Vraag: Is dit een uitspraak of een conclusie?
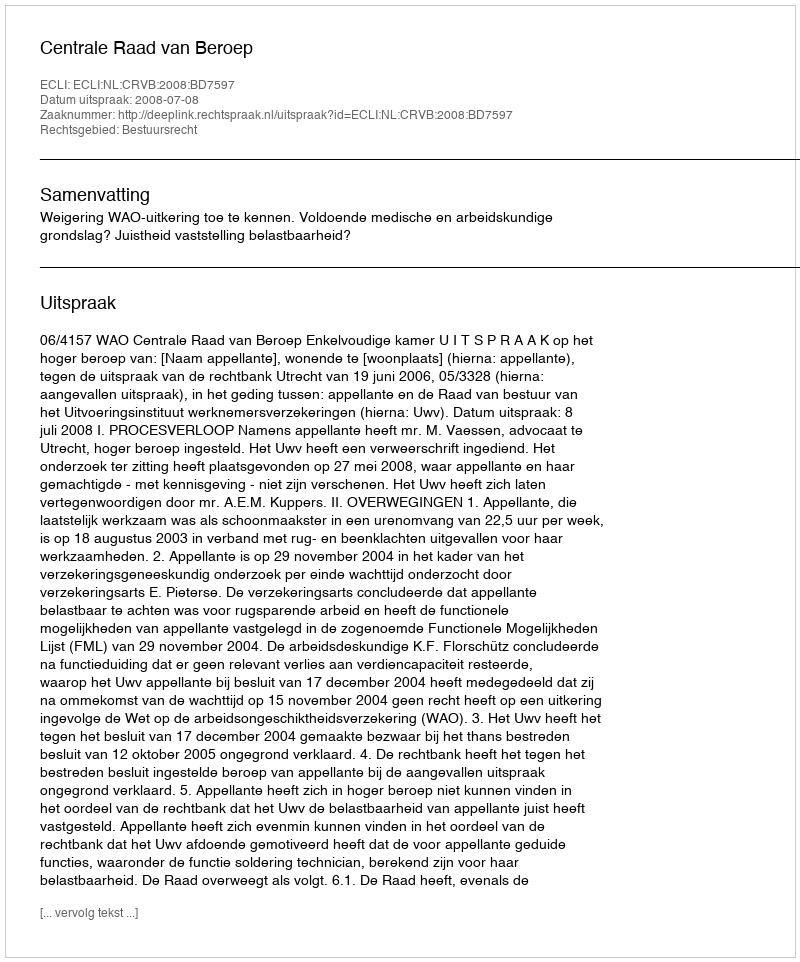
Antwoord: Uitspraak